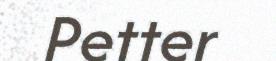
Petter